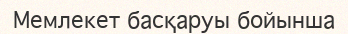
Мемлекет басқаруы бойынша